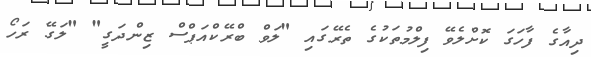
ދިއާގެ ފާހަގަ ކޮށްލެވޭ ފިލްމުތަކުގެ ތެރޭގައި "ލަވް ބްރޭކްއަޕްސް ޒިންދަގީ" "ލަގޭ ރަހޯ